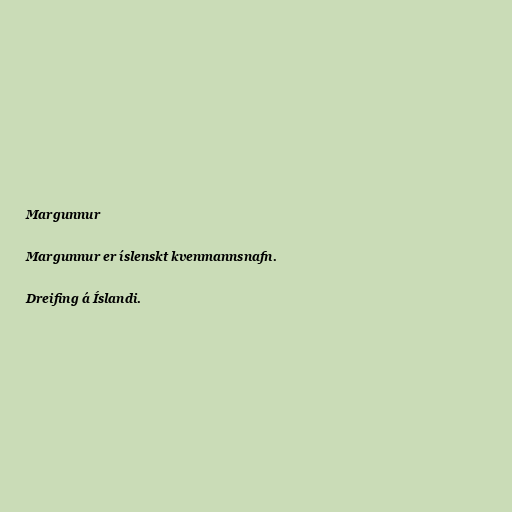
Margunnur

Margunnur er íslenskt kvenmannsnafn.

Dreifing á Íslandi.